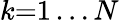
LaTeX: k{=}1\ldots N